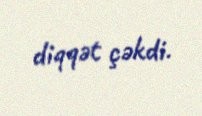
diqqət çəkdi.